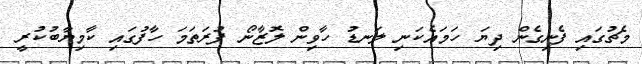
މެޗުގައި ފެނިގެން ދިޔަ ހަމައެކަނި ލަނޑު ހާވިން ލޮޒާނޯ ފުރަތަމަ ހާފުގައި ކާމިޔާބުކުރީ